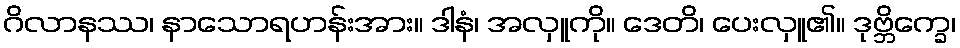
ဂိလာနဿ၊ နာသောရဟန်းအား။ ဒါနံ၊ အလှူကို။ ဒေတိ၊ ပေးလှူ၏။ ဒုဗ္ဘိက္ခေ၊